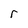
Character: r